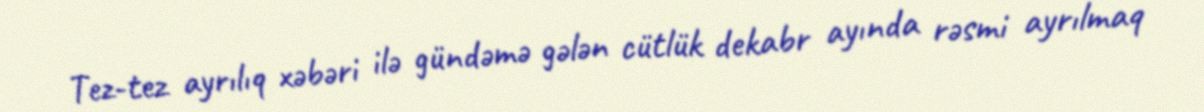
Tez-tez ayrılıq xəbəri ilə gündəmə gələn cütlük dekabr ayında rəsmi ayrılmaq